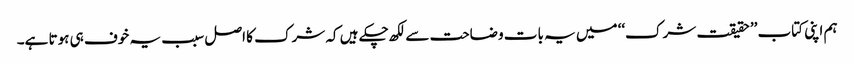
ہم اپنی کتاب ’’حقیقت شرک‘‘ میں یہ بات وضاحت سے لکھ چکے ہیں کہ شرک کا اصل سبب یہ خوف ہی ہوتا ہے۔